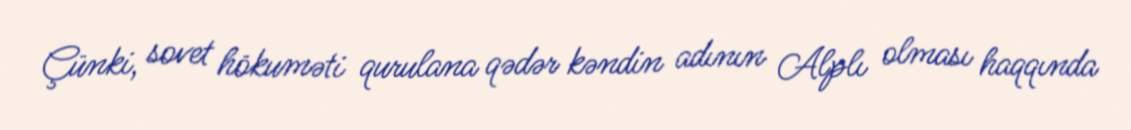
Çünki, sovet hökuməti qurulana qədər kəndin adının Alplı olması haqqında